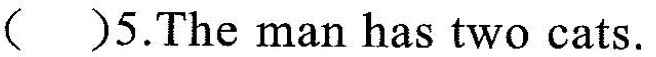
（）5.The man has two cats.